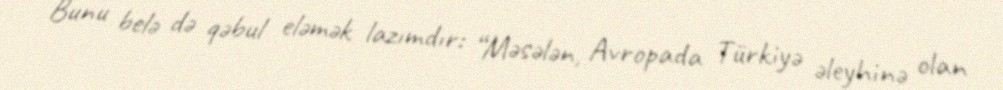
Bunu belə də qəbul eləmək lazımdır: “Məsələn, Avropada Türkiyə əleyhinə olan